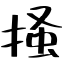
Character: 掻